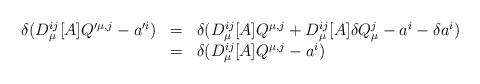
LaTeX: \begin{align*}\begin{array}{rll}\delta (D_{\mu}^{ij}[A]Q'^{\mu,j}-a'^i)&=&\delta (D_{\mu}^{ij}[A]Q^{\mu,j}+D_{\mu}^{ij}[A]\delta Q_{\mu}^j-a^i-\delta a^i)\\&=&\delta (D_{\mu}^{ij}[A]Q^{\mu,j}-a^i)\end{array}\end{align*}